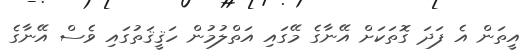
އީތަން އެ ފަދަ ގޮތަކަށް އޭނާގެ މޭގައި އަތްލުމުން ހަޤީޤަތުގައި ވެސް އޭނާގެ